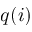
q ( i )